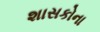
શાસકોના